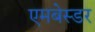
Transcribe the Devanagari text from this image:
एमबेस्डर